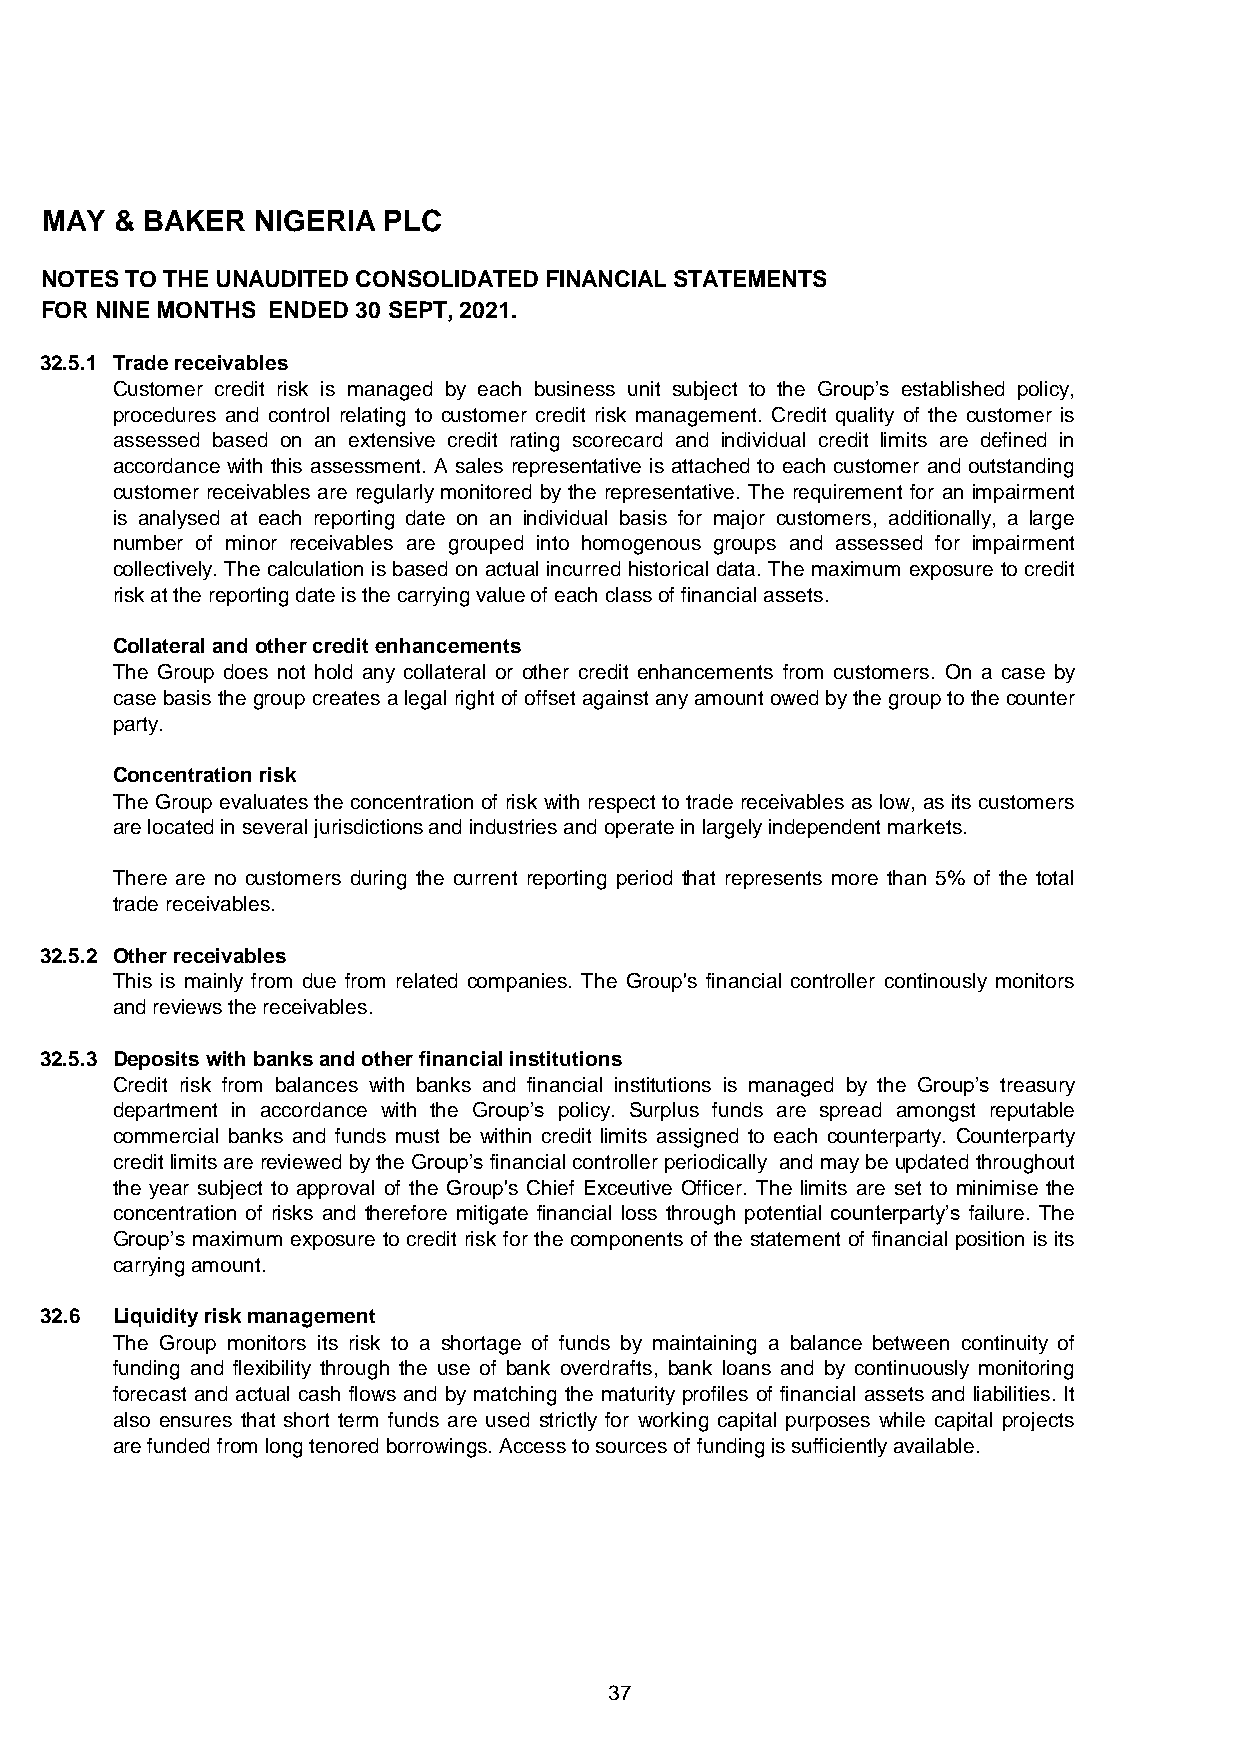
MAY  & BAKER  NIGERIA PLC
 NOTES TO THE UNAUDITED CONSOLIDATED FINANCIAL STATEMENTS
 FOR NINE MONTHS ENDED 30 SEPT, 2021.
 32.5.1 Trade receivables
 Customer credit risk is managed by each business unit subject to the Group’s established policy,
 procedures and control relating to customer credit risk management. Credit quality of the customer is
 assessed based on an extensive credit rating scorecard and individual credit limits are defined in
 accordance with this assessment. A sales representative is attached to each customer and outstanding
 customer receivables are regularly monitored by the representative. The requirement for an impairment
 is analysed at each reporting date on an individual basis for major customers, additionally, a large
 number of minor receivables are grouped into homogenous groups and assessed for impairment
 collectively. The calculation is based onactual incurred historical data. The maximum exposure tocredit
 risk at the reporting date is the carrying value of each class of financial assets.
 Collateral and other credit enhancements
 The Group does not hold any collateral or other credit enhancements from customers. On a case by
 case basis thegroupcreates alegalright of offset against anyamountowedbythegrouptothecounter
 party.
 Concentration risk
 The Group evaluates the concentration of risk with respect to trade receivables as low, as its customers
 are located in several jurisdictions and industries and operate in largely independent markets.
 There are no customers during the current reporting period that represents more than 5% of the total
 trade receivables.
 32.5.2 Other receivables
 This is mainly from due from related companies. The Group's financial controller continously monitors
 and reviews the receivables.
 32.5.3 Deposits with banks and other financial institutions
 Credit risk from balances with banks and financial institutions is managed by the Group’s treasury
 department in accordance with the Group’s policy. Surplus funds are spread amongst reputable
 commercial banks and funds must be within credit limits assigned to each counterparty. Counterparty
 credit limits are reviewedbythe Group’s financialcontroller periodically and maybe updatedthroughout
 the year subject to approval of the Group's Chief Exceutive Officer. The limits are set to minimise the
 concentration of risks and therefore mitigate financial loss through potential counterparty’s failure. The
 Group’s maximum exposure to credit risk for the components of the statement of financial position is its
 carrying amount.
 32.6 Liquidity risk management
 The Group monitors its risk to a shortage of funds by maintaining a balance between continuity of
 funding and flexibility through the use of bank overdrafts, bank loans and by continuously monitoring
 forecast and actual cash flows and by matching the maturity profiles of financial assets and liabilities. It
 also ensures that short term funds are used strictly for working capital purposes while capital projects
 are funded from long tenored borrowings. Access to sources of funding is sufficiently available.
 37